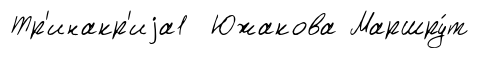
Тр'инакр'иjа1 Южакова Маршру́т